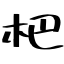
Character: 杷